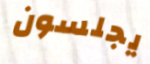
يجلسون